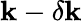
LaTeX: \mathbf{k}-\delta\mathbf{k}